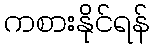
ကစားနိုင်ရန်